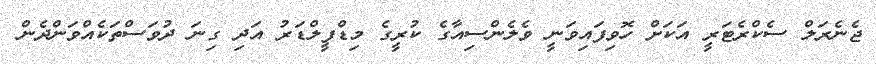
ޖެނެރަލް ސެކްރެޓަރީ އަކަށް ހޮވިފައިވަނީ ވެލެންސިއާގެ ކުރީގެ މިޑްފީލްޑަރު އަދި ގިނަ ދުވަސްތަކެއްވަންދެން